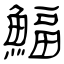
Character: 鰏